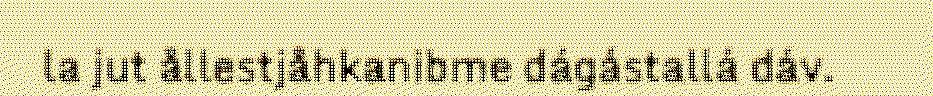
la jut ållestjåhkanibme dágástallá dáv.